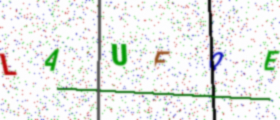
Text: LAUFQE